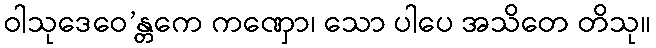
ဝါသုဒေဝေ’န္တကေ ကဏှော၊ သော ပါပေ အသိတေ တိသု။